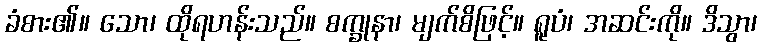
ခံစား၏။ သော၊ ထိုရဟန်းသည်။ စက္ခုနာ၊ မျက်စိဖြင့်။ ရူပံ၊ အဆင်းကို။ ဒိသွာ၊